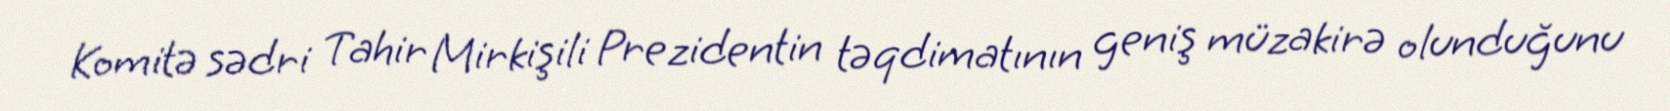
Komitə sədri Tahir Mirkişili Prezidentin təqdimatının geniş müzakirə olunduğunu